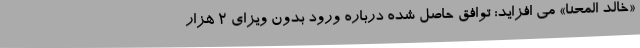
«خالد المحنا» می افزاید: توافق حاصل شده درباره ورود بدون ویزای ۲ هزار